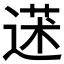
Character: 𦳯